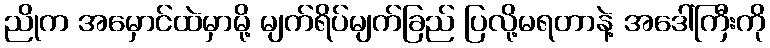
ညိုက အမှောင်ထဲမှာမို့ မျက်ရိပ်မျက်ခြည် ပြလို့မရတာနဲ့ အဒေါ်ကြီးကို